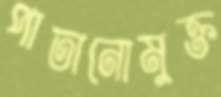
পাতানোমুক্ত